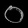
Digit: ၀